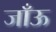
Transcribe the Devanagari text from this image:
जाँऊ